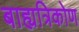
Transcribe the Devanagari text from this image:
बाह्यत्रिकोण